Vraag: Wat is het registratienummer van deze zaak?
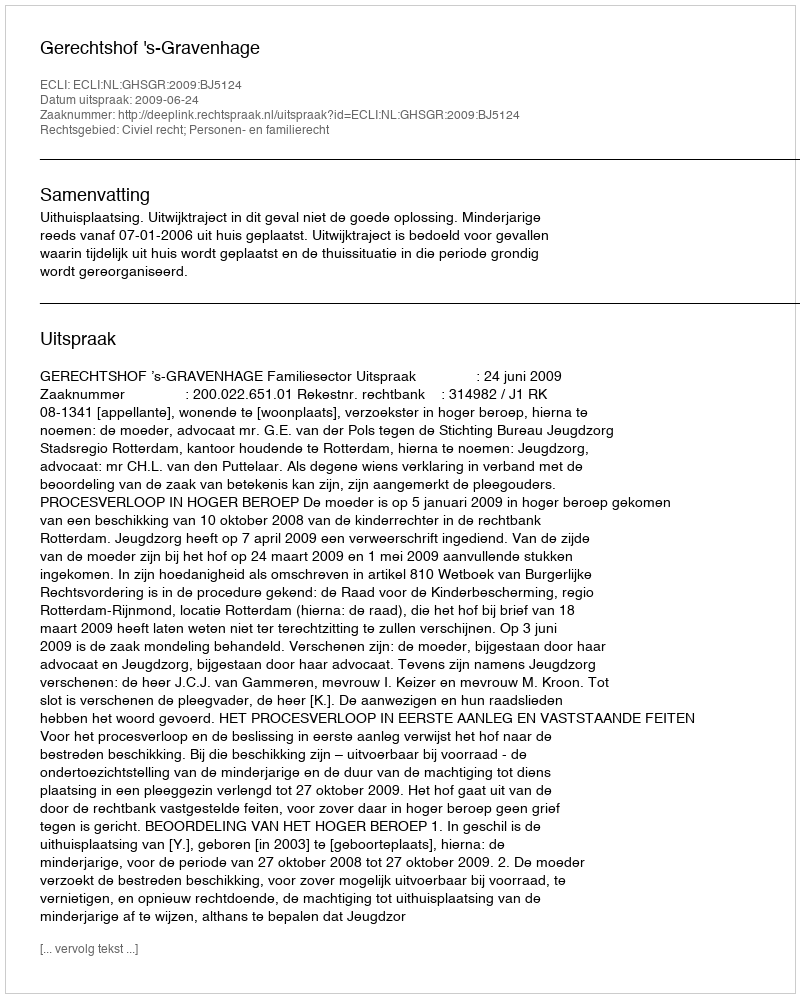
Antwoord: http://deeplink.rechtspraak.nl/uitspraak?id=ECLI:NL:GHSGR:2009:BJ5124